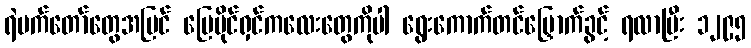
ရဲမက်တော်တွေအပြင် မြေပိုင်ရှင်ကလေးတွေကိုပါ ရွေးကောက်တင်မြှောက်ခွင့် ရလာပြီး ၁၂၉၅